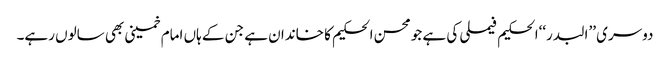
دوسری ’’البدر‘‘الحکیم فیملی کی ہے جو محسن الحکیم کا خاندان ہے جن کے ہاں امام خمینی بھی سالوں رہے۔